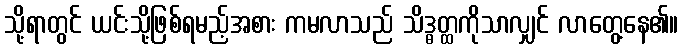
သို့ရာတွင် ယင်းသို့ဖြစ်ရမည့်အစား ကမလာသည် သိဒ္ဓတ္ထကိုသာလျှင် လာတွေ့နေ၏။